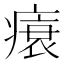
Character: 𤸬